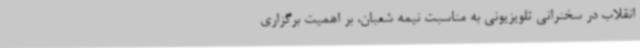
انقلاب در سخنرانی تلویزیونی به مناسبت نیمه شعبان، بر اهمیت برگزاری